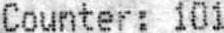
COUNTER: 101